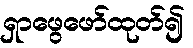
ရှာဖွေဖော်ထုတ်၍